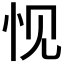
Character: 𮲁